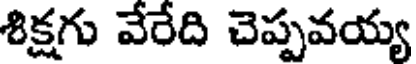
శిక్షగు వేరేది చెప్పవయ్య